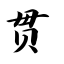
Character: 贯